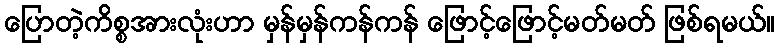
ပြောတဲ့ကိစ္စအားလုံးဟာ မှန်မှန်ကန်ကန် ဖြောင့်ဖြောင့်မတ်မတ် ဖြစ်ရမယ်။